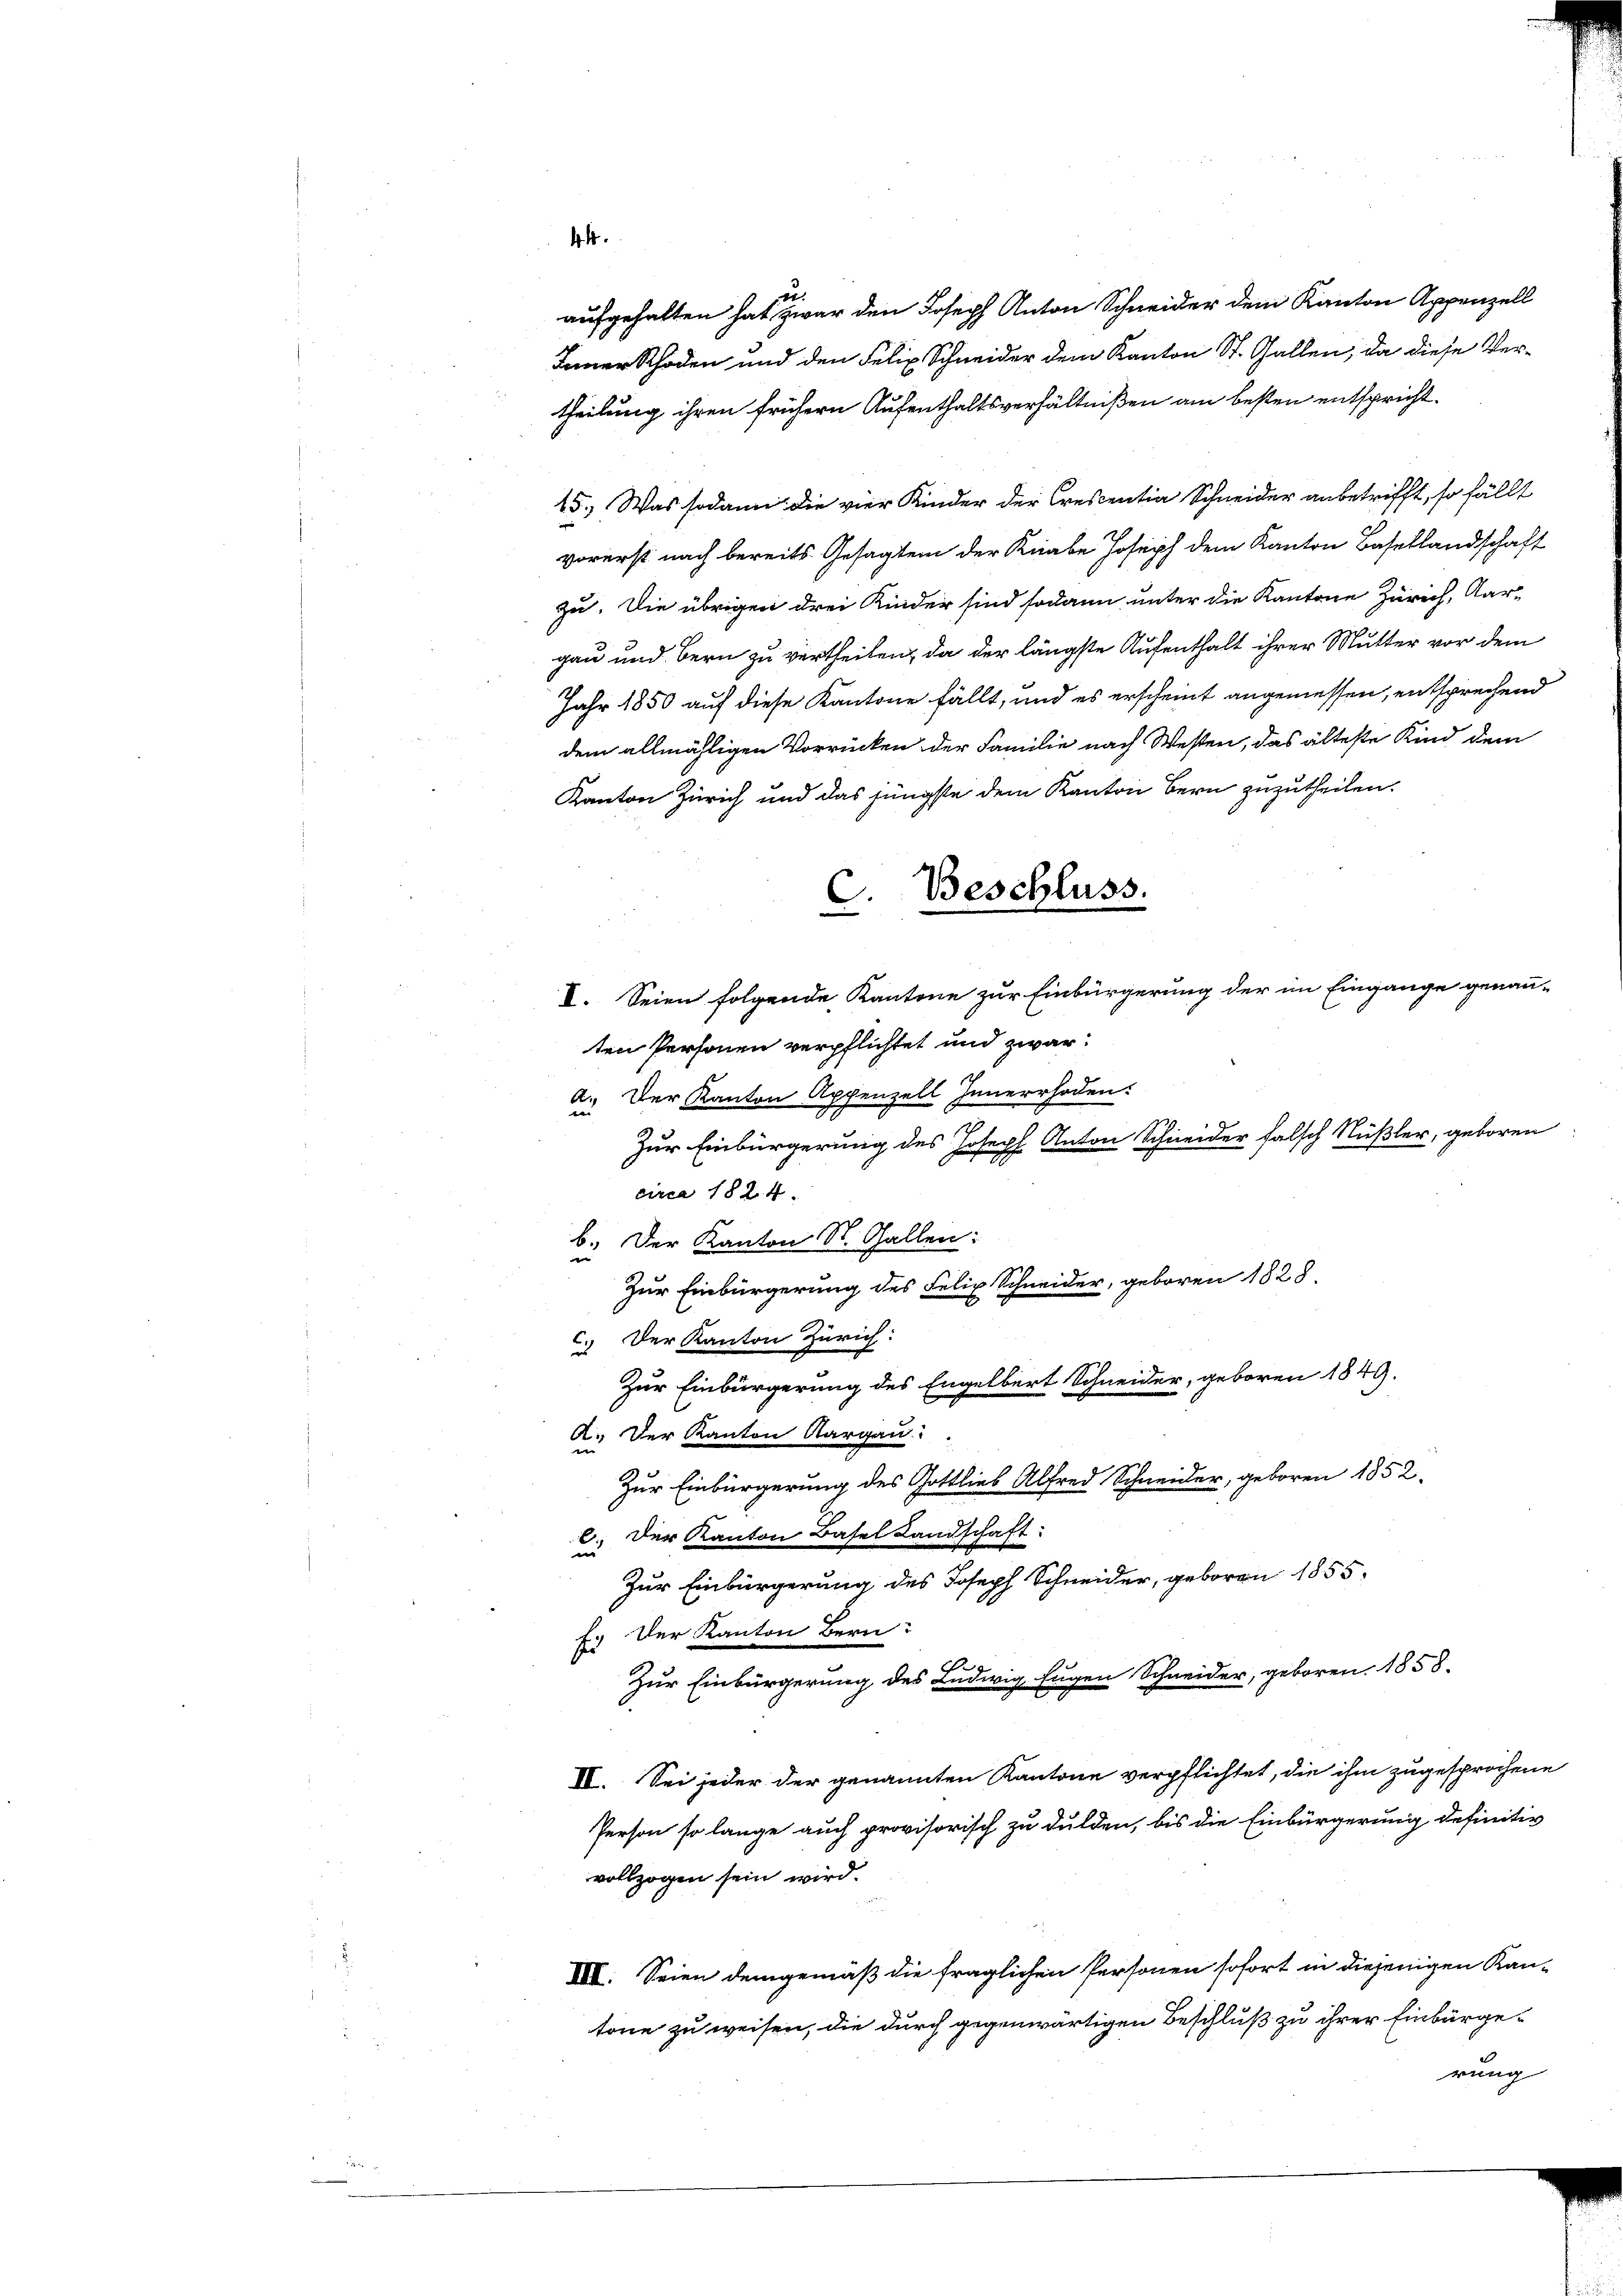
aufgehalten hat, zwar den Joseph Anton Schneider dem Kanton Appenzell
Inner Schaden und den Felix Schneider dem Kanton St. Gallen, da diese Ver-
theilung ihren frühern Aufenthaltsverhältnißen am besten entspricht.
15.) Was sodann die vier Kinder der Crescentia Schneider anbetrifft, so fällt
vorerst nach bereits Gesagten der Knabe Joseph dem Kanton Basellandschaft
zu. Die übrigen drei Kinder sind sodann unter die Kantone Zürich, Aar-
gau und Bern zu vertheilen, da der längste Aufenthalt ihrer Mutter vor dem
Jahr 1850 auf diese Kantone fällt, und es erscheint angemessen, entsprechend
dem allmähligen Vorrücken der Familie nach Westen, das älteste Kind dem
Kanton Zürich und das jüngste dem Kanton Bern zuzutheilen.
ind
circa 1824.
b. Der Kanton St. Gallen:
c. Der Kanton Zürich:
A. Der Kanton Aargau.
Zur Einbürgerung des Gottlieb Alfred Schneider, geboren 1852.
Der Kanton Basel Landschaft:
E
un
Zur Einbürgerung des Joseph Schneider, geboren 1855.
Der Kanton Bern
Er
Zur Einbürgerung des Ludwig Eugen Schneider, geboren. 1858.
II. Sei jeder der genannten Kantone verpflichtet, die ihm zugesprochene
Person so lange auch provisorisch zu dulden, bis die Einbürgerung definitiv
vollzogen sein wird.
XIV. Seien demgemäß die fraglichen Personen sofort in diejenigen Kan-
tone zu weisen, die durch gegenwärtigen Beschluß zu ihrer Einbürgerung

44.
.

C. Beschluss.
8. Seien folgende Kantone zur Einbürgerung der im Eingange genannten Personen verpflichtet und zwar:
a. Der Kanton Appenzell Innerrhoden:
Zur Einbürgerung des Joseph Anton Schneider falsch Nüßler, geboren
Zur Einbürgerung des Felix Schneider, geboren 1828.
Zur Einbürgerung des Engelbert Schneider, geboren 1849.